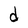
Character: d